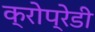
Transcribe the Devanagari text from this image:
क्रोप्रेडी